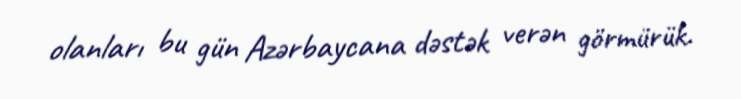
olanları bu gün Azərbaycana dəstək verən görmürük.